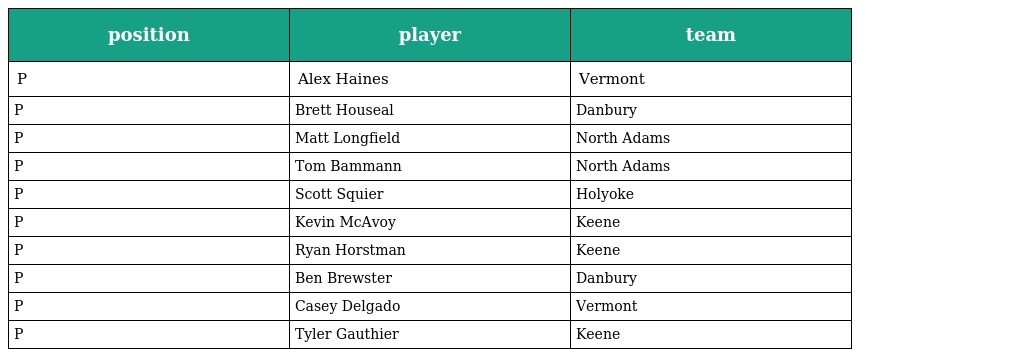
| position | player | team |
 | --- | --- | --- |
 | P | Alex Haines | Vermont |
 | P | Brett Houseal | Danbury |
 | P | Matt Longfield | North Adams |
 | P | Tom Bammann | North Adams |
 | P | Scott Squier | Holyoke |
 | P | Kevin McAvoy | Keene |
 | P | Ryan Horstman | Keene |
 | P | Ben Brewster | Danbury |
 | P | Casey Delgado | Vermont |
 | P | Tyler Gauthier | Keene |